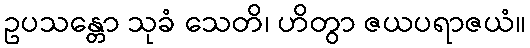
ဥပသန္တော သုခံ သေတိ၊ ဟိတွာ ဇယပရာဇယံ။